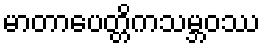
မာတာပေတ္တိကသမ္ဘဝဿ